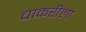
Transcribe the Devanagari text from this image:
चाकरीला